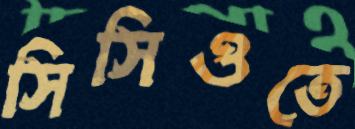
সিসিওতে